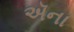
ઍના